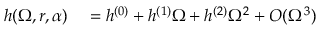
\begin{array} { r l } { h ( \Omega , r , \alpha ) } & { { } = h ^ { ( 0 ) } + h ^ { ( 1 ) } \Omega + h ^ { ( 2 ) } \Omega ^ { 2 } + O ( \Omega ^ { 3 } ) } \end{array}